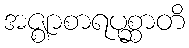
အဇ္ဈာစာရပုစ္ဆာတိ